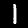
Digit: 1